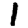
Digit: 1